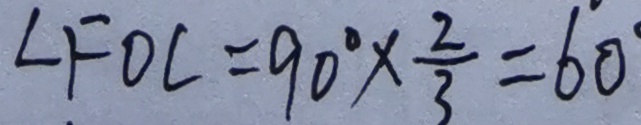
\angle F O C = 9 0 ^ { \circ } \times \frac { 2 } { 3 } = 6 0